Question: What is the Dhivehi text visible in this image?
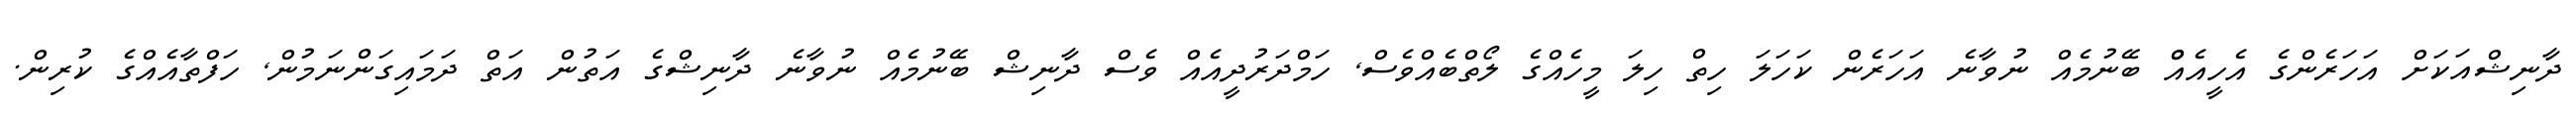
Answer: ދާނިޝްއަކަށް އަހަރެންގެ އެހީއެއްް ބޭނުމެއް ނުވާނެ އަހަރެން ކަހަލަ ހިތް ހިލަ މީހެއްގެ ލޯތްބެއްވެސް, ހަމްދަރުދީއެއް ވެސް ދާނިޝް ބޭނުމެއް ނުވާނެ ދާނިޝްގެ އަތުން އަތް ދަމައިގަންނަމުން, ހަފްތާއެއްގެ ކުރިން.